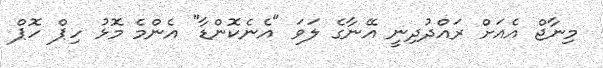
މިނާޖް އެއަށް ރައްދުދިނީ އޭނާގެ ލަވަ "އެނެކޮންޑާ" އެންމެ މޮޅު ހިިޕް ހޮޕް